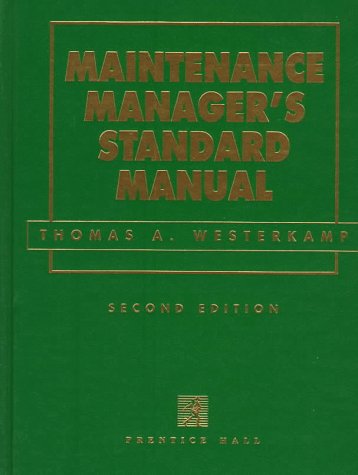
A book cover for Maintenance Manager's Standard Manual; Thomas A. Westerkamp; Business & Money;